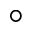
^ { \circ }